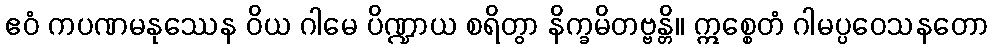
ဧဝံ ကပဏမနုဿေန ဝိယ ဂါမေ ပိဏ္ဍာယ စရိတွာ နိက္ခမိတဗ္ဗန္တိ။ ဣစ္စေတံ ဂါမပ္ပဝေသနတော